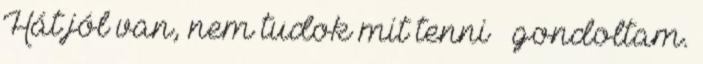
Hát jól van, nem tudok mit tenni – gondoltam.